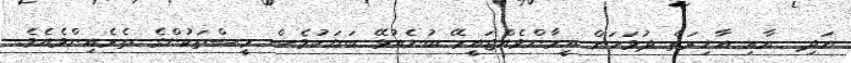
އަދި  އާއި އާޚިރަތް ދުވަހަށް އީމާންވެއްޖައީމޭ ބުނެއުޅޭ ބަޔަކުވެސް މީސްތަކުންގެ ތެރެއިންވެއެވެ.